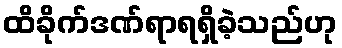
ထိခိုက်ဒဏ်ရာရရှိခဲ့သည်ဟု